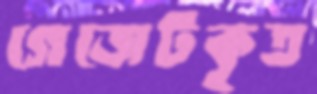
গেজেটকৃত